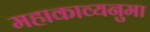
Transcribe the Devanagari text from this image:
महाकाव्यनुमा